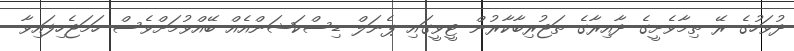
ދުވަހުގެ ރޭ ތިމާވެށީގެ ދާއިރާގެ ތަޖުރިބާކާރުން ޓީވީގައި ޕެނަލް ޑިސްކަޝަންއެއް ބޭއްވުމަށްވެސް ހަމަޖެހިފައިވާ